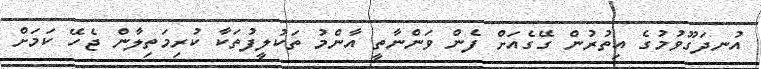
އުނދަގޫވުމުގެ އިތުރުން ގޭގެއަށް ފެން ވަންނާތީ އާންމު ތަކުލީފުތަކާ ކުރިމަތިލާން ޖެހޭ ކަމަށް